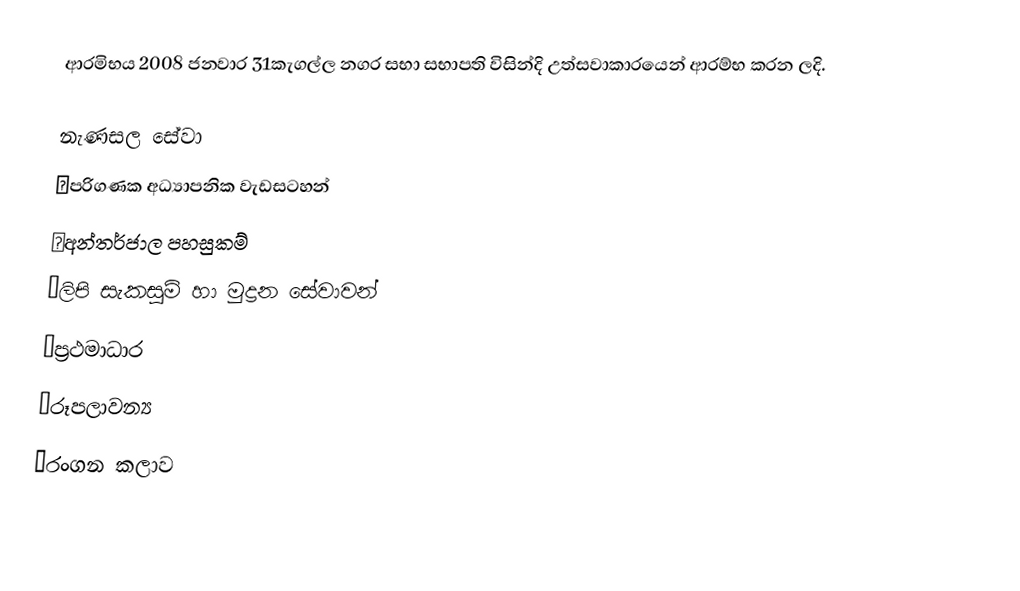
ආරමිභය  2008 ජනවාර 31කැගල්ල නගර සභා සභාපති විසින්දි උත්සවාකාරයෙන් ආරම්භ කරන ලදි.

නැණසල සේවා
♦පරිගණක අධ්‍යාපනික වැඩසටහන්
♦අන්තර්ජාල පහසුකම්
♦ලිපි සැකසුම් හා මුද්‍රන සේවාවන්
♦ප්‍රථමාධාර
♦රූපලාවන්‍ය
♦රංගන කලාව